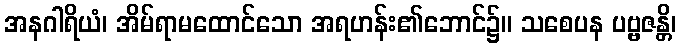
အနဂါရိယံ၊ အိမ်ရာမထောင်သော အရဟန်း၏ဘောင်၌။ သစေပန ပဗ္ဗဇန္တိ၊